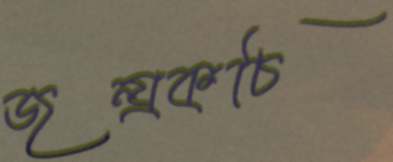
জন্য্রকচি